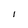
Character: I